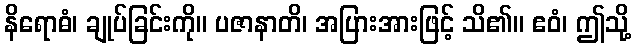
နိရောဓံ၊ ချုပ်ခြင်းကို။ ပဇာနာတိ၊ အပြားအားဖြင့် သိ၏။ ဧဝံ၊ ဤသို့